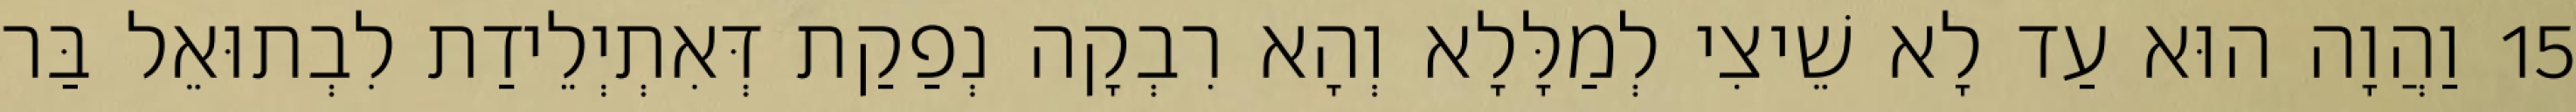
15 וַהֲוָה הוּא עַד לָא שֵׁיצִי לְמַלָּלָא וְהָא רִבְקָה נְפַקַת דְּאִתְיְלֵידַת לִבְתוּאֵל בַּר